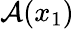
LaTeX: \mathcal{A}(x_{1})